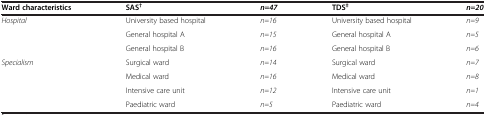
<table><thead><tr><td><b>Ward characteristics</b></td><td><b>SAS<sup>†</sup></b></td><td><b><i>n=47</i></b></td><td><b>TDS<sup>‡</sup></b></td><td><b><i>n=20</i></b></td></tr></thead><tbody><tr><td rowspan="3"><i>Hospital</i></td><td>University based hospital</td><td><i>n=16</i></td><td>University based hospital</td><td><i>n=9</i></td></tr><tr><td>General hospital A</td><td><i>n=15</i></td><td>General hospital A</td><td><i>n=5</i></td></tr><tr><td>General hospital B</td><td><i>n=16</i></td><td>General hospital B</td><td><i>n=6</i></td></tr><tr><td rowspan="2"><i>Specialism</i></td><td>Surgical ward</td><td><i>n=14</i></td><td>Surgical ward</td><td><i>n=7</i></td></tr><tr><td>Medical ward</td><td><i>n=16</i></td><td>Medical ward</td><td><i>n=8</i></td></tr><tr><td> </td><td>Intensive care unit</td><td><i>n=12</i></td><td>Intensive care unit</td><td><i>n=1</i></td></tr><tr><td> </td><td>Paediatric ward</td><td><i>n=5</i></td><td>Paediatric ward</td><td><i>n=4</i></td></tr></tbody></table>